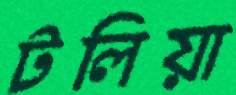
টলিয়া